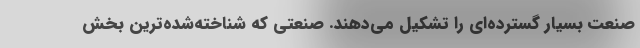
صنعت بسیار گسترده‌ای را تشکیل می‌دهند. صنعتی که شناخته‌شده‌ترین بخش